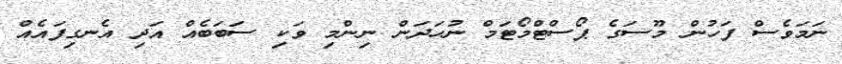
ނަމަވެސް ފަހުން މޫސަގެ ޕޯސްޓްމޯޓަމް ނުހަދަން ނިންމި ވަކި ސަބަބެއް އަދި އެނގިފައެއް